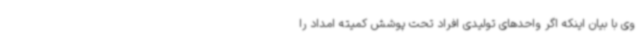
وی با بیان اینکه اگر واحدهای تولیدی افراد تحت پوشش کمیته امداد را